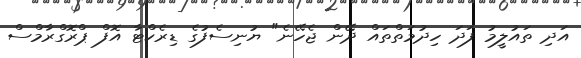
އަދި ތައުލީމު ފަދަ ހިދުމަތްތައް ދޭން ޖެހޭނެ" ޔުނިސެފުގެ ޑިރެކްޓާ އޮފް ޕްރޮގްރާމްސް